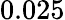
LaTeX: \mathrm{0.025}